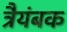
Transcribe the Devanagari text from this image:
त्रैयंबक